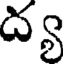
ద్య